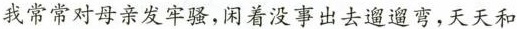
我常常对母亲发牢骚，闲着没事出去遛遛弯，天天和